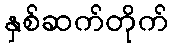
နှစ်ဆက်တိုက်